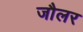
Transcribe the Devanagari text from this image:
जौलर